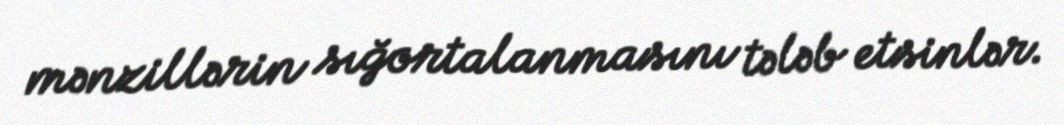
mənzillərin sığortalanmasını tələb etsinlər.